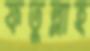
ফতুল্লাহ